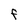
Character: F